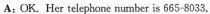
A;OK. Her telephone number is 665-8033,